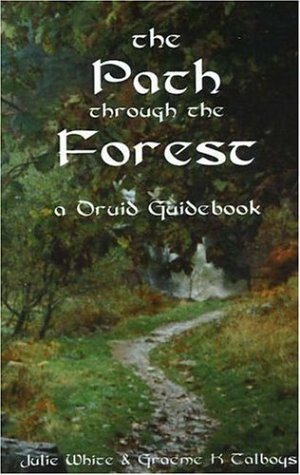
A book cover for The Path Through the Forest: A Druid Guidebook; Julie White; Religion & Spirituality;